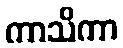
ကာသိကာ